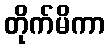
တိုက်မိကာ